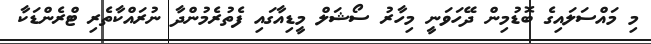
މި މައްސަލައިގެ ބޮޑުމިން ދޭހަވަނީ މިހާރު ސޯޝަލް މީޑިއާގައި ފެތުރެމުންދާ ނުރައްކާތެރި ޓްރެންޑަކާ